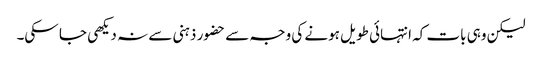
لیکن وہی بات کہ انتہائی طویل ہونے کی وجہ سے حضور ذہنی سے نہ دیکھی جا سکی۔